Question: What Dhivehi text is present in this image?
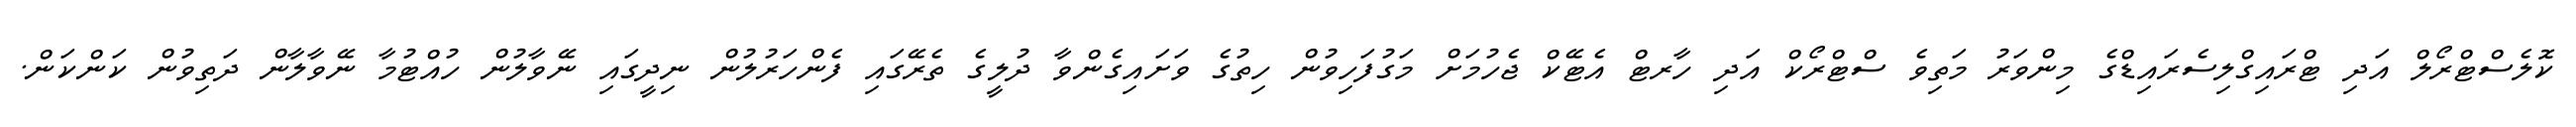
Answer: ކޮލެސްޓްރޯލް އަދި ޓްރައިގްލިސެރައިޑްގެ މިންވަރު މަތިވެ ސްޓްރޯކް އަދި ހާރޓް އެޓޭކް ޖެހުމަށް މަގުފަހިވުން ހިތުގެ ވަށައިގެންވާ ދުލީގެ ތެރޭގައި ފެންހަރުލުން ނިދީގައި ނޭވާލުން ހުއްޓުމާ ނޭވާލާން ދަތިވުން ކަންކަން.